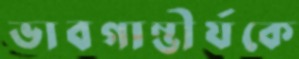
ভাবগাম্ভীর্যকে